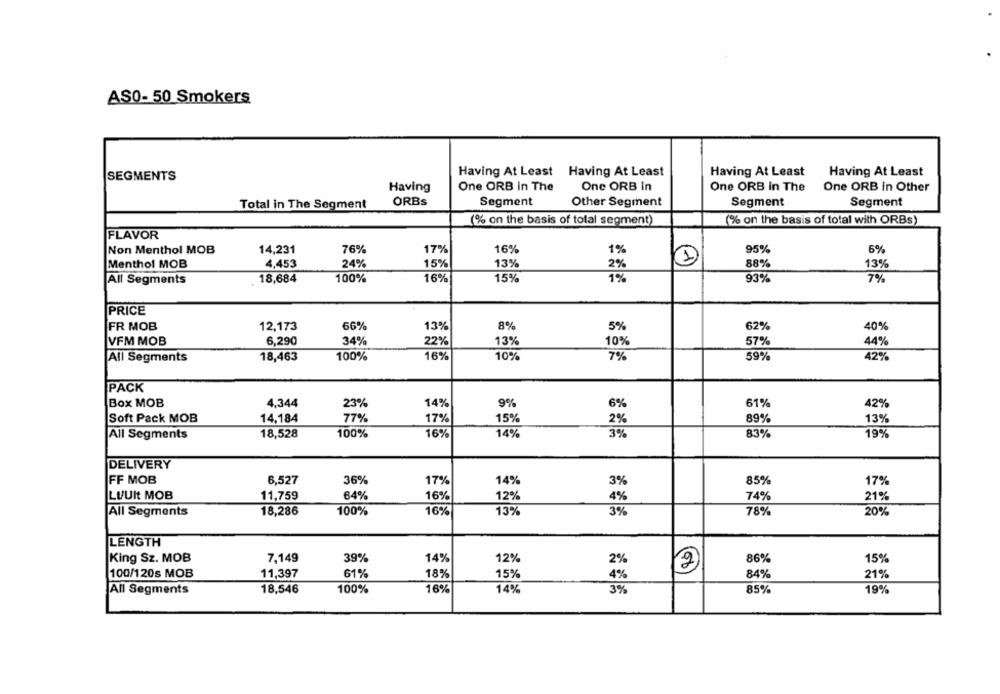
AS0- 50 Smokers
Having At Least Having At Least
Having At Least
Having At Least
SEGMENTS
Having
One ORB in The
One ORB in
One ORB in The
One ORB in Other
Total in The Segment
ORBs
Segment
Other Segment
Segment
Segment
(% on the basis of total segment)
(% on the basis of total with ORBs)
FLAVOR
Non Menthol MOB
14,231
76%
17%
16%
95%
6%
1%
Menthol MOB
4,453
24%
15%
13%
1
88%
2%
13%
16%
1%
93%
7%
All Segments
18,684
100%
15%
PRICE
FR MOB
66%
13%
8%
5%
62%
40%
12,173
13%
10%
VFM MOB
6,290
34%
22%
57%
44%
All Segments
18,463
100%
16%
10%
7%
59%
42%
PACK
Box MOB
4,344
23%
14%
9%
61%
42%
6%
Soft Pack MOB
14,184
77%
17%
15%
2%
89%
13%
All Segments
18,528
100%
16%
14%
3%
83%
19%
DELIVERY
FF MOB
6,527
36%
17%
14%
3%
85%
17%
LUUIt MOB
11,759
64%
16%
12%
4%
74%
21%
All Segments
18,286
100%
16%
13%
3%
78%
20%
LENGTH
King Sz. MOB
7,149
39%
14%
12%
2%
86%
15%
100/120s MOB
11,397
61%
18%
15%
4%
84%
21%
18,546
100%
16%
14%
3%
85%
19%
All Segments